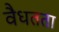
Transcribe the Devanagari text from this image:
वैधतता